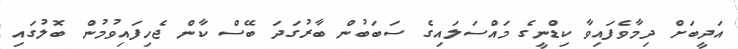
އަދީބަށް ދިމާވެފައިވާ ކިޑްނީގެ މައްސަލައިގެ ސަބަބުން ބާރުގަދަ ބޭސް ކާން ޖެހިފައިވުމުން ބޮލުގައި